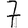
Digit: 7